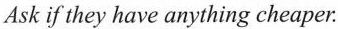
Ask if they have anything cheaper.